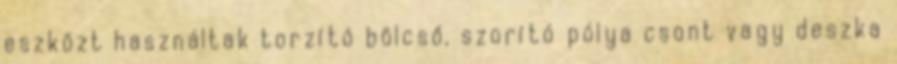
eszközt használtak torzító bölcső, szorító pólya csont vagy deszka